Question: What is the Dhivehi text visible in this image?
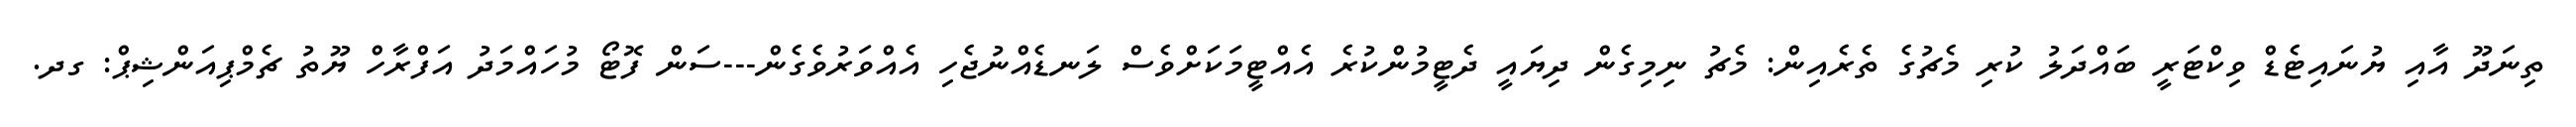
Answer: ތިނަދޫ އާއި ޔުނައިޓެޑް ވިކްޓަރީ ބައްދަލު ކުރި މެޗުގެ ތެރެއިން: މެޗު ނިމިގެން ދިޔައީ ދެޓީމުންކުރެ އެއްޓީމަކަށްވެސް ލަނޑެއްނުޖެހި އެއްވަރުވެގެން---ސަން ފޮޓޯ މުހައްމަދު އަފްރާހް ޔޫތު ޗެމްޕިއަންޝިޕް: ގދ.